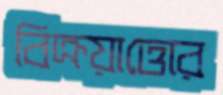
বিক্রয়াত্তোর